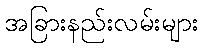
အခြားနည်းလမ်းများ